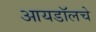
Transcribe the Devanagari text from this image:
आयडॉलचे